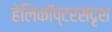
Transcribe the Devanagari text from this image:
हेलिकॉप्टरसदृश